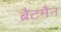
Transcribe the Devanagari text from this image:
ब्रैटमैन